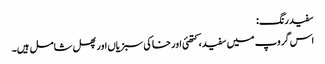
سفید رنگ:
اس گروپ میں سفید، کتھئی اور خاکی سبزیاں اور پھل شامل ہیں۔